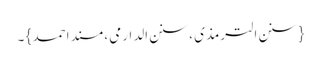
{ سنن الترمذی ، سنن الدارمی ، مسند احمد } ۔